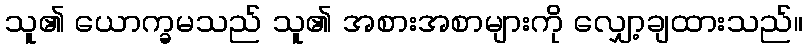
သူ၏ ယောက္ခမသည် သူ၏ အစားအစာများကို လျှော့ချထားသည်။